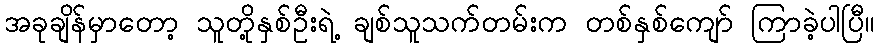
အခုချိန်မှာတော့ သူတို့နှစ်ဦးရဲ့ ချစ်သူသက်တမ်းက တစ်နှစ်ကျော် ကြာခဲ့ပါပြီ။